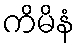
ကိမိနံ